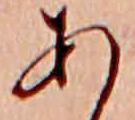
あ